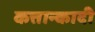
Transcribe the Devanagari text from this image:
कत्तान्कादी